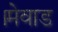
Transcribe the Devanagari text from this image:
।मेवाड